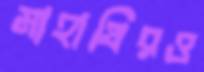
মাহাথিরও